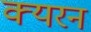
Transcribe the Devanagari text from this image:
क्यरन